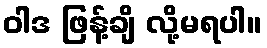
ဝါဒ ဖြန့်ချိ လို့မရပါ။